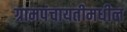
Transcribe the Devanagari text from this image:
ग्रामपंचायतीमधील